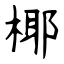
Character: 椰